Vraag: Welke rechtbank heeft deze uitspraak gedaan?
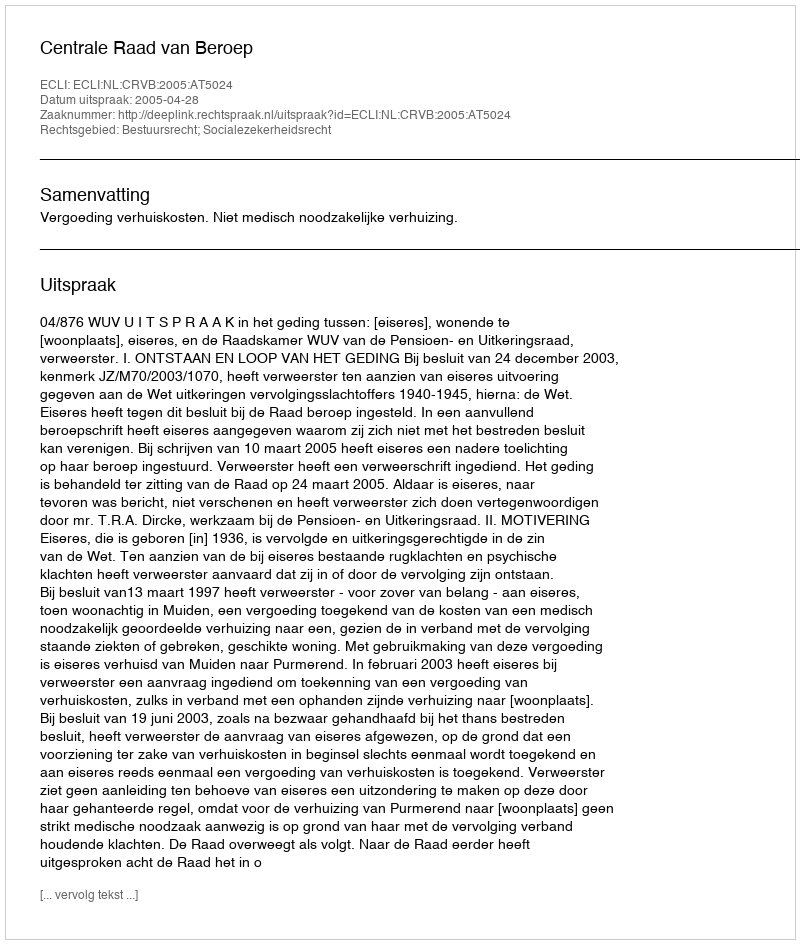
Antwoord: Centrale Raad van Beroep